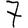
Digit: 7